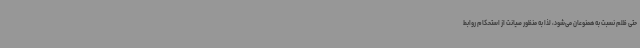
حتی ظلم نسبت به همنوعان می‌شود، لذا به منظور صیانت از استحکام روابط